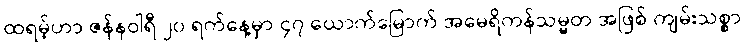
ထရမ့်ဟာ ဇန်နဝါရီ ၂၀ ရက်နေ့မှာ ၄၇ ယောက်မြောက် အမေရိကန်သမ္မတ အဖြစ် ကျမ်းသစ္စာ